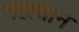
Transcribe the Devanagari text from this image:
महाधान